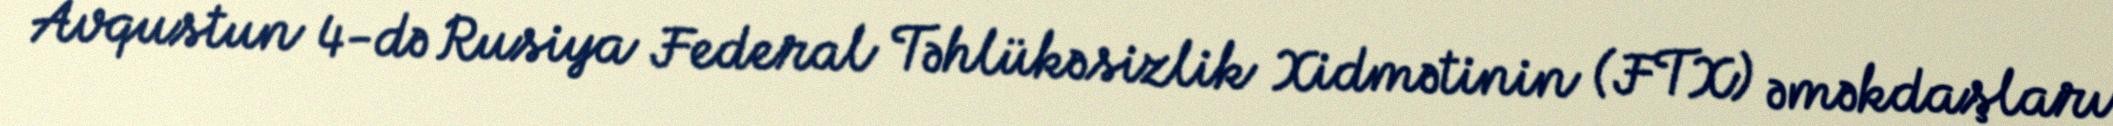
Avqustun 4-də Rusiya Federal Təhlükəsizlik Xidmətinin (FTX) əməkdaşları